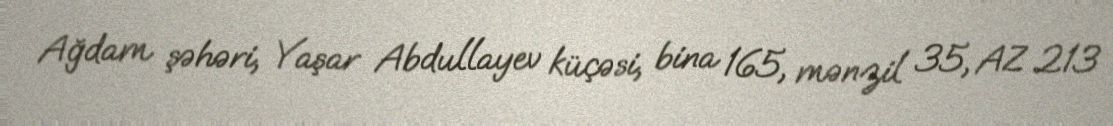
Ağdam şəhəri, Yaşar Abdullayev küçəsi, bina 165, mənzil 35, AZ 213